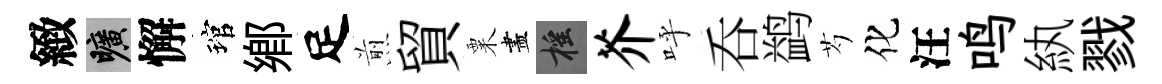
緻曠懈琯郷足煎貿粟盡摇芥呼呑鹢芍化汪鸣紈戮